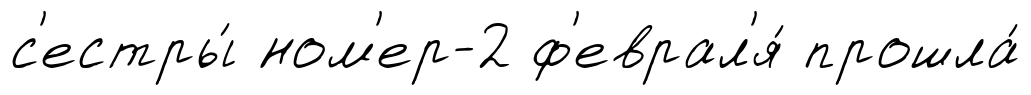
с'естры́ ном'ер-2 ф'еврал'я́ прошла́